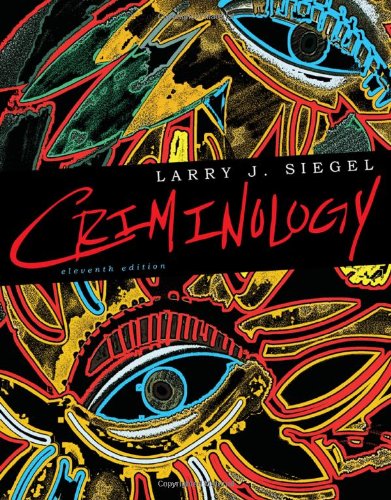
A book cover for Criminology; Larry J. Siegel; Education & Teaching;